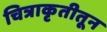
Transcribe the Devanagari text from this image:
चित्राकृतीतून